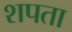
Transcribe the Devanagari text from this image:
शपता